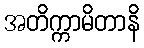
အတိက္ကာမိတာနိ